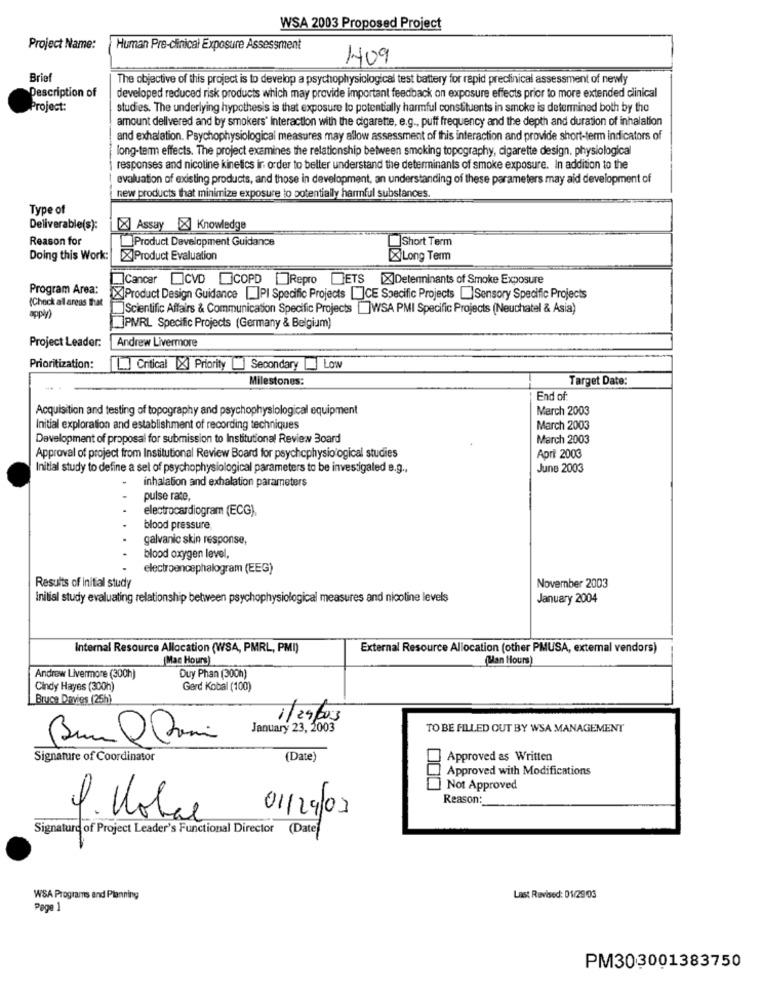
WSA 2003 Proposed Project
Project Name:
Human Pre-clinical Exposure Assessment
409
Brief
The objective of this project is to develop a psychophysiological test battery for rapid preclinical assessment of newly
Description of
developed reduced risk products which may provide important feedback on exposure effects prior to more extended clinical
Project:
studies. The underlying hypothesis is that exposure to potentially harmful constituents in smoke is determined both by the
amount dellvered and by smokers' Interaction with the cigarette, e.g ., puff frequency and the depth and duration of inhalation
and exhalation. Psychophysiological measures may allow assessment of this interaction and provide short-term indicators of
long-term effects. The project examines the relationship between smoking topography, cigarette design, physiological
responses and nicotine kinetics in order to better understand the determinants of smoke exposure. In addition to the
evaluation of existing products, and those in development, an understanding of these parameters may aid development of
new products that minimize exposure to potentially harmful substances.
Type of
Deliverable(s):
[X] Assay X Knowledge
Reason for
Product Development Guidance
Short Term
Doing this Work:
XProduct Evaluation
XLong Term
]Cancer ICVD COPD Repro ETS X]Detenninants of Smoke Exposure
Program Area:
(Check all areas that
XProduct Design Guidance []PI Specific Projects []CE Specific Projects Sensory Specific Projects
]Scientific Affairs & Communication Specific Projects []WSA PMI Specific Projects (Neuchatel & Asia)
]PMVRL Specific Projects (Germany & Belgium)
Andrew Livermore
Project Leader:
Prioritization:
L] Critical [X] Priority [] Secondary Low
Milestones:
Target Date:
End of:
Acquisition and testing of topography and psychophysiological equipment
March 2003
Initial exploration and establishment of recording techniques
March 2003
Development of proposal for submission to Institutional Review Board
March 2003
Approval of project from Institutional Review Board for psychophysiological studies
Apri 2003
Initial study to define a set of psychophysiological parameters to be investigaled e.g .,
June 2003
inhalation and exhalation parameters
pulse rate,
electrocardiogram (ECG),
blood pressure
galvanic skin response,
blood oxygen level,
electroencephalogram (EEG)
Results of initial study
November 2003
Initial study evaluating relationship between psychophysiological measures and nicotine levels
January 2004
Internal Resource Allocation (WSA, PMRL, PMI)
External Resource Allocation (other PMUSA, external vendors)
[Mac Hours)
(an Hours)
Andrew Livermore (300h)
Duy Phan (300h)
Cindy Hayes (300h)
Gerd Kobal (100)
Bruce Davies (25h)
1/29/03
January 23, 2003
TO BE FILLED OUT BY WSA MANAGEMENT
Signature of Coordinator
(Date)
Approved as Written
Approved with Modifications
000
Not Approved
Reason:
01/29/03
1. Kolae
Signature of Project Leader's Functional Director
(Date]
WSA Programs and Planning
Last Revised: 01/29/03
Page 1
PM303001383750